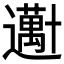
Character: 𱑕